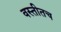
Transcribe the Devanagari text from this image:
वस्तीतच